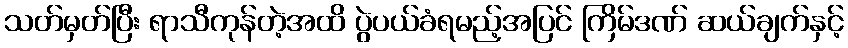
သတ်မှတ်ပြီး ရာသီကုန်တဲ့အထိ ပွဲပယ်ခံရမည့်အပြင် ကြိမ်ဒဏ် ဆယ်ချက်နှင့်